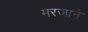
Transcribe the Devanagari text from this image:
मरजाने